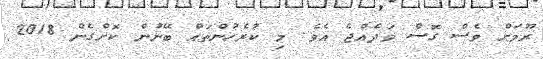
ރޫމަށް ވެސް ގޮސް ވަދެއްޖެ އެވެ. މި ކުރެހުންތައް ބޭނުން ކޮށްގެން 2018